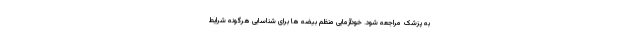
به پزشک مراجعه شود. خودآزمایی منظم بیضه ها برای شناسایی هرگونه شرایط